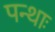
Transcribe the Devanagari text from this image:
पन्थाः